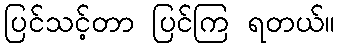
ပြင်သင့်တာ ပြင်ကြ ရတယ်။